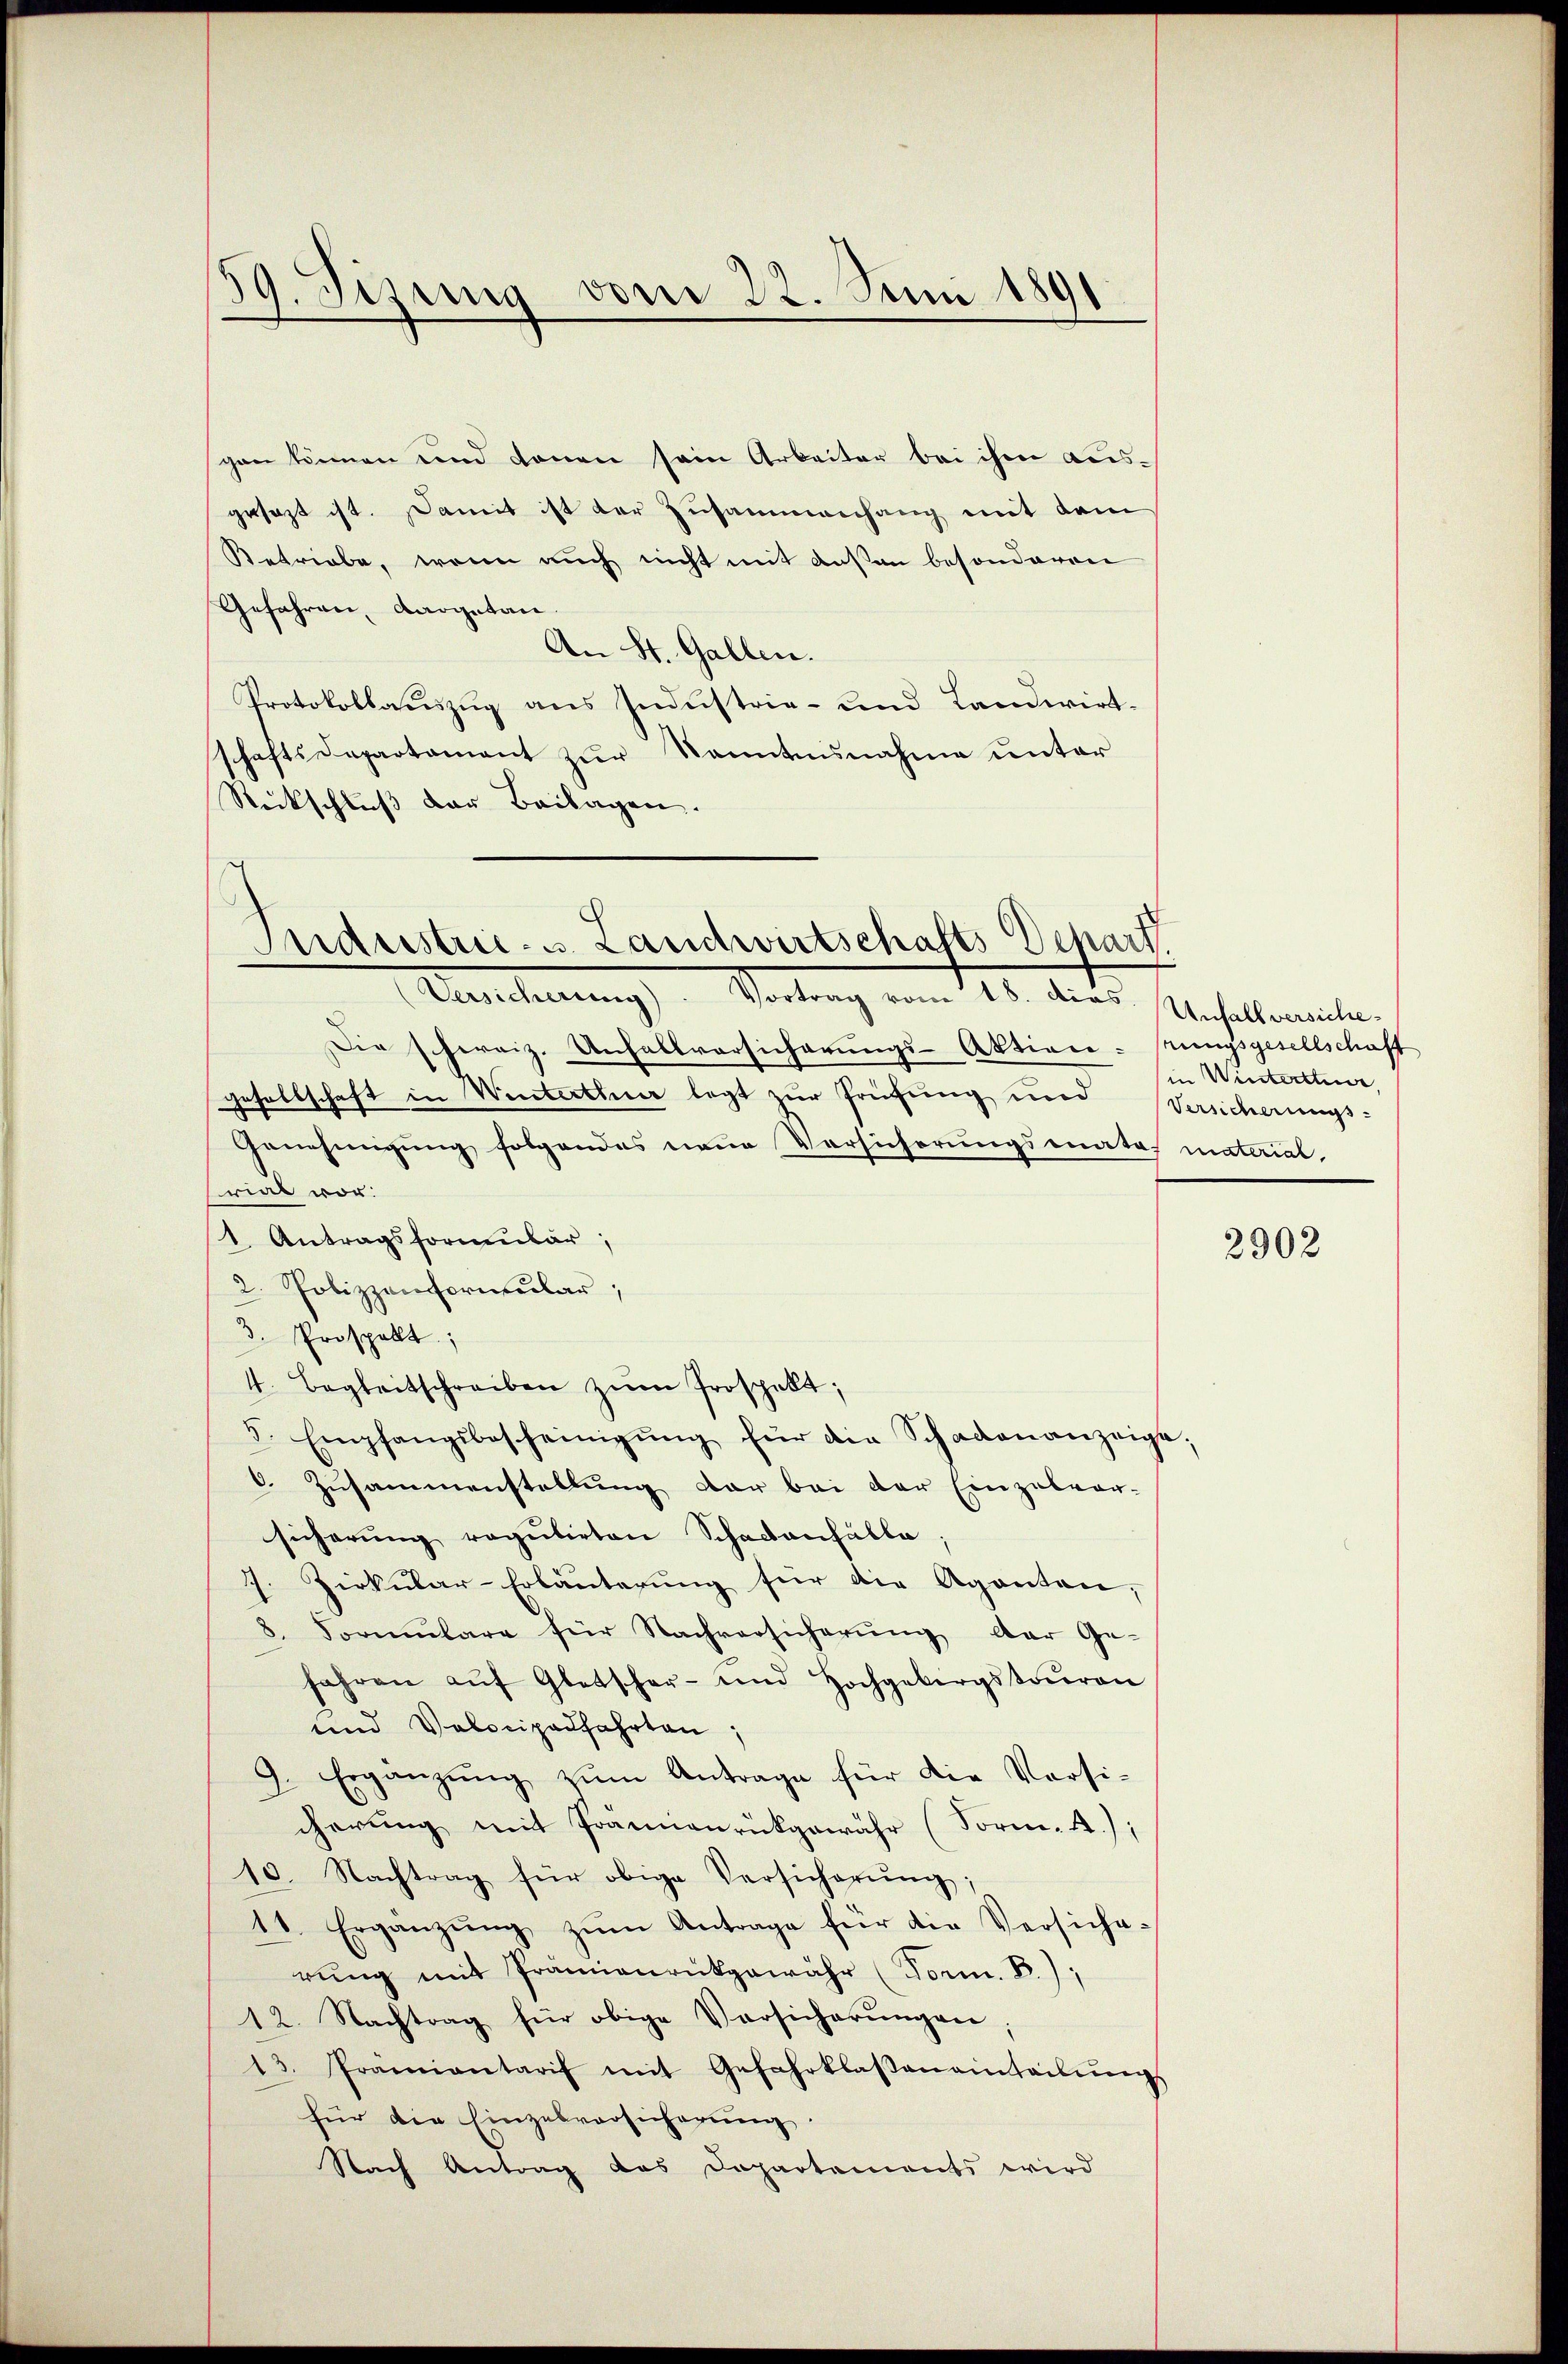
59. Jezung vom 22. Juni 1891

gen können und könen sein Arbeiter bei ihm ausgesezt ist. Damit ist der Zusammenhang mit dem
Retriebe, wenn auch nicht mit deßen besonderen
Gefahren, Aargetan.
An St. Gallen.
Protokollauszug aus Industrie- und Landwirtschaftsdepartament zur Nanntnisnahme unter
Rückschluß der Beilagen.

Puderstric. s. Landwirtschafts Depart
Aacherung Vortrag vom 18. dies Verhallemente

Die schweiz. Unfallvorsicherungs-Aktivn-nungsgesellschaft
gesellschaft in Winterthur legt zur Prüfung und Versicherungs-
Genehmigung folgendes neue Versicherungsmata, material
rial vor.
1. Antragsformular,
2. Pobizzonformular,
3. Prospelt;
4. Begleitschreiben zŭm Prospekt;
5. Empfangsbescheinigŭng für die Schadenanzeige.
6. Zusammenstellung der bei der Einzelvor-
sicherung regulirten Schadenfälle;
J. Zirkular-Erläuterung für die Agenten,
8. Formulare für Nachversicherung der Ge-
fahren aŭf Glatscher- und Hochgebirgstoŭren
und Volocipalfahrten:
9. Ergänzŭng zŭm Antrage für die Versi-
cherung mit Frauenrückgewähr (Form. 4.);
10. Nachtrag für obige Versicherŭng,
18. Ergänzŭng zŭm Antrage für die Versiche-
rŭng mit Prämienrückgewähr (Porn. B.),
12. Nachtrag für obige Versicherungen
13. Pramiantaris mit Gefahrklaβanainteilŭngs
für die Einzelvorsicherŭng.
Nach Antrag das Departements wird

in Winterthur,

2902